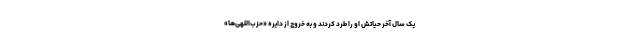
یک سال آخر حیاتش او را طرد کردند و به خروج از دایره‌ «حزب‌اللهی‌ها»